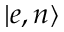
| e , n \rangle